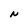
Character: N